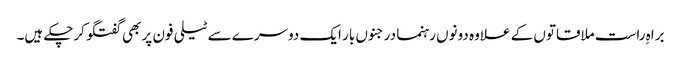
براہِ راست ملاقاتوں کے علاوہ دونوں رہنما درجنوں بار ایک دوسرے سے ٹیلی فون پر بھی گفتگو کرچکے ہیں۔